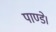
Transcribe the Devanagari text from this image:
पाण्डे।